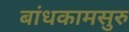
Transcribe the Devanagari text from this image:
बांधकामसुरु